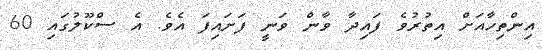
އިންތިހާއަށް އިތުރުވެ ފައިދާ ވާން ވަނީ ފަށައިފަ އެވެ. އެ ސްކޫލުގައި 60